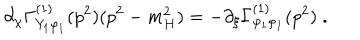
\partial _ { \chi } \Gamma _ { Y _ { 1 } \varphi _ { 1 } } ^ { ( 1 ) } ( p ^ { 2 } ) ( p ^ { 2 } - m _ { H } ^ { 2 } ) = - \partial _ { \xi } \Gamma _ { \varphi _ { 1 } \varphi _ { 1 } } ^ { ( 1 ) } ( p ^ { 2 } ) \; .